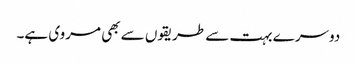
دوسرے بہت سے طریقوں سے بھی مروی ہے۔